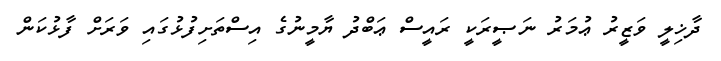
ދާޚިލީ ވަޒީރު ޢުމަރު ނަޞީރަކީ ރައީސް ޢަބްދު ޔާމީނުގެ އިސްތަށިފުޅުގައި ވަރަށް ފާޅުކަން